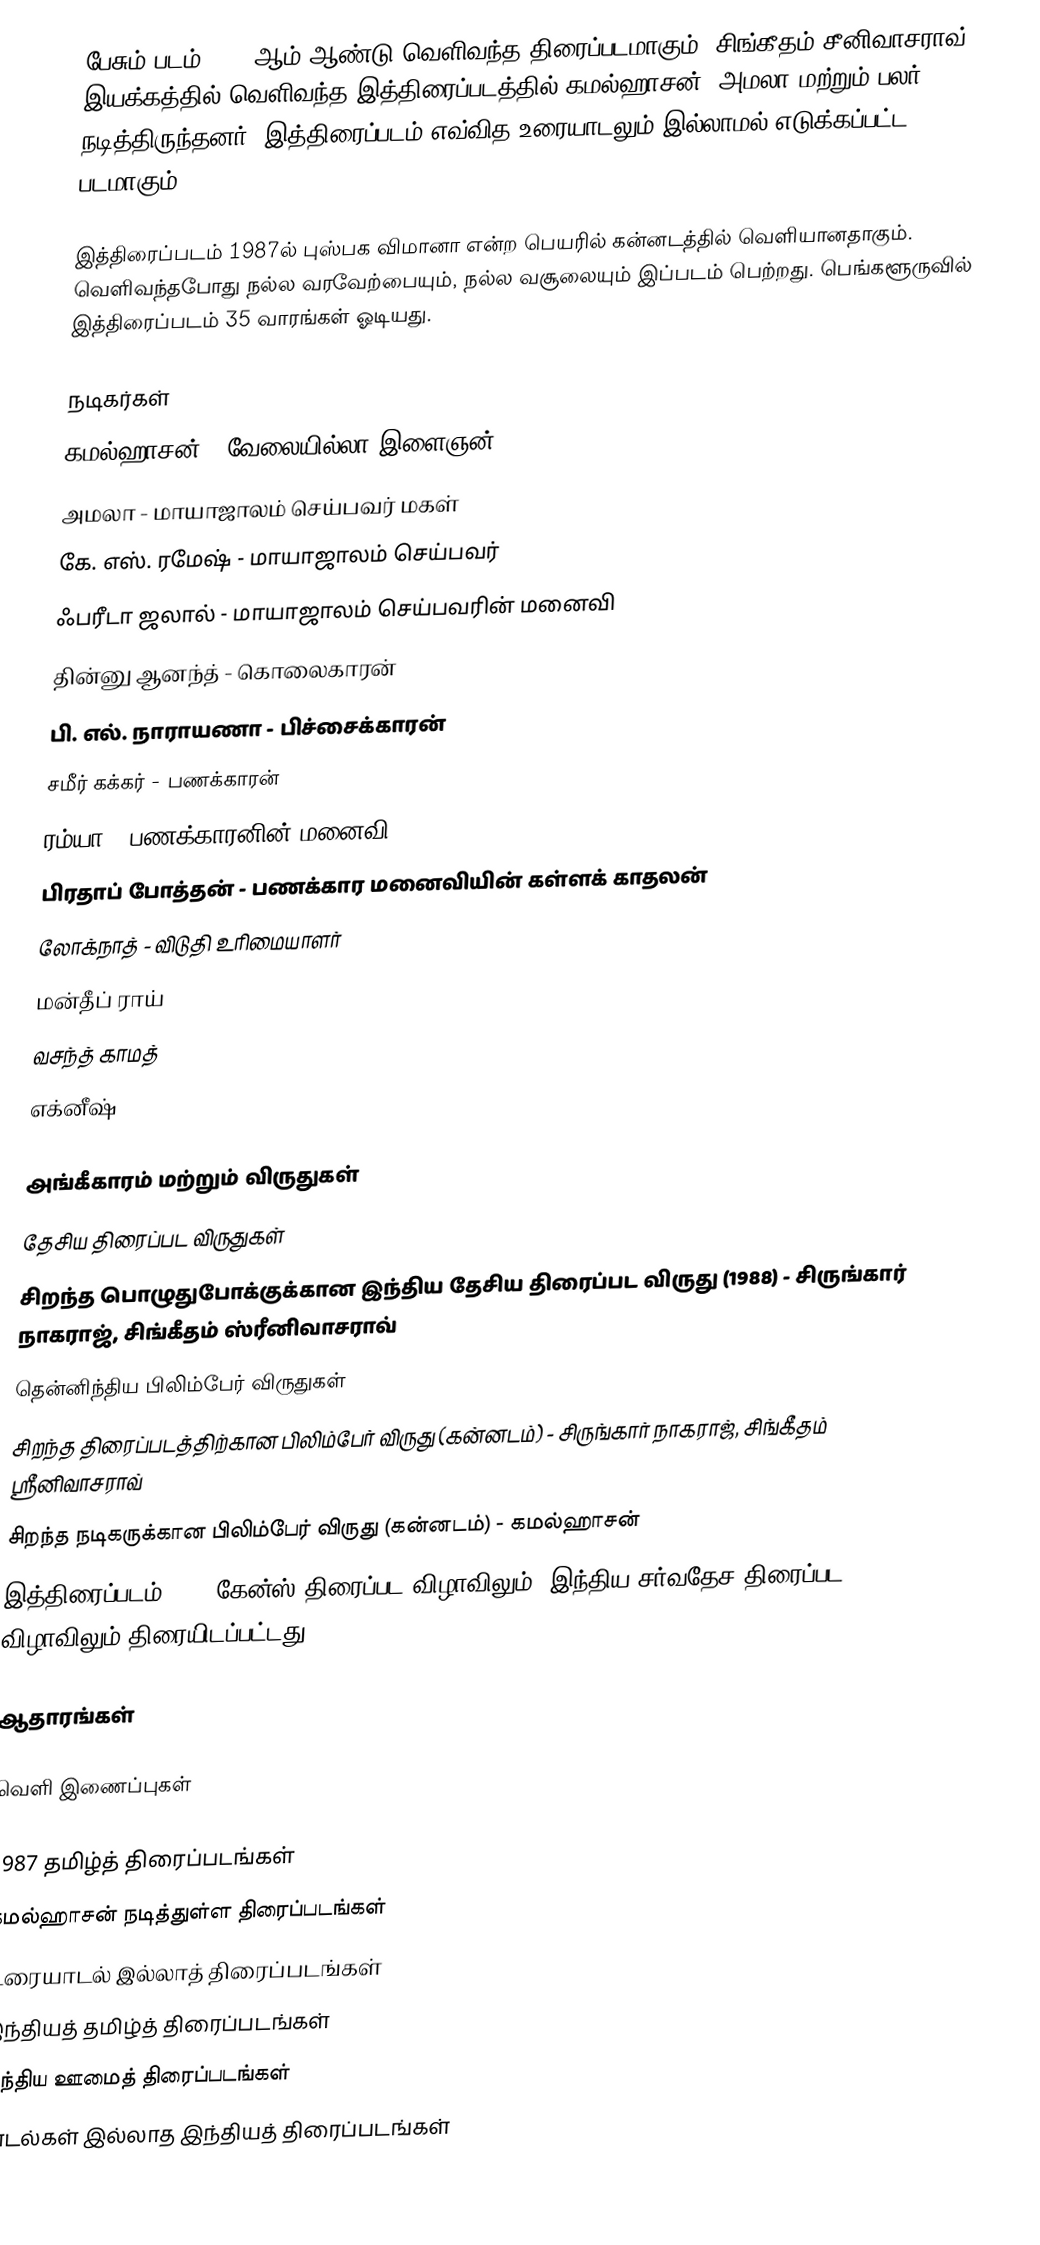
பேசும் படம் 1987 ஆம் ஆண்டு வெளிவந்த திரைப்படமாகும். சிங்கீதம் சீனிவாசராவ் இயக்கத்தில் வெளிவந்த இத்திரைப்படத்தில் கமல்ஹாசன், அமலா மற்றும் பலர் நடித்திருந்தனர். இத்திரைப்படம் எவ்வித உரையாடலும் இல்லாமல் எடுக்கப்பட்ட படமாகும்.

இத்திரைப்படம் 1987ல் புஸ்பக விமானா என்ற பெயரில் கன்னடத்தில் வெளியானதாகும். வெளிவந்தபோது நல்ல வரவேற்பையும், நல்ல வசூலையும் இப்படம் பெற்றது. பெங்களூருவில் இத்திரைப்படம் 35 வாரங்கள் ஓடியது.

நடிகர்கள்
 கமல்ஹாசன் - வேலையில்லா இளைஞன்
 அமலா - மாயாஜாலம் செய்பவர் மகள்
 கே. எஸ். ரமேஷ் - மாயாஜாலம் செய்பவர்
 ஃபரீடா ஜலால் - மாயாஜாலம் செய்பவரின் மனைவி
 தின்னு ஆனந்த் - கொலைகாரன்
 பி. எல். நாராயணா - பிச்சைக்காரன்
 சமீர் கக்கர் - பணக்காரன்
 ரம்யா - பணக்காரனின் மனைவி
 பிரதாப் போத்தன் - பணக்கார மனைவியின் கள்ளக் காதலன்
 லோக்நாத் - விடுதி உரிமையாளர்
 மன்தீப் ராய்
 வசந்த் காமத்
 எக்னீஷ்

அங்கீகாரம் மற்றும் விருதுகள்
தேசிய திரைப்பட விருதுகள்
சிறந்த பொழுதுபோக்குக்கான இந்திய தேசிய திரைப்பட விருது (1988) - சிருங்கார் நாகராஜ், சிங்கீதம் ஸ்ரீனிவாசராவ்
தென்னிந்திய பிலிம்பேர் விருதுகள்
சிறந்த திரைப்படத்திற்கான பிலிம்பேர் விருது (கன்னடம்) - சிருங்கார் நாகராஜ், சிங்கீதம் ஸ்ரீனிவாசராவ்
சிறந்த நடிகருக்கான பிலிம்பேர் விருது (கன்னடம்) - கமல்ஹாசன்
இத்திரைப்படம் 1988 கேன்ஸ் திரைப்பட விழாவிலும், இந்திய சர்வதேச திரைப்பட விழாவிலும் திரையிடப்பட்டது.

ஆதாரங்கள்

வெளி இணைப்புகள்

1987 தமிழ்த் திரைப்படங்கள்
கமல்ஹாசன் நடித்துள்ள திரைப்படங்கள்
உரையாடல் இல்லாத் திரைப்படங்கள்
இந்தியத் தமிழ்த் திரைப்படங்கள்
இந்திய ஊமைத் திரைப்படங்கள்
பாடல்கள் இல்லாத இந்தியத் திரைப்படங்கள்